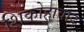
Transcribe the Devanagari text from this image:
शिकोहावाद